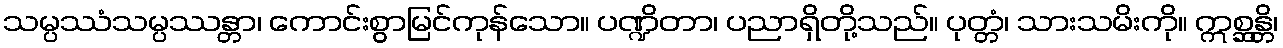
သမ္ပဿံသမ္ပဿန္တာ၊ ကောင်းစွာမြင်ကုန်သော။ ပဏ္ဍိတာ၊ ပညာရှိတို့သည်။ ပုတ္တံ၊ သားသမိးကို။ ဣစ္ဆန္တိ၊